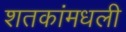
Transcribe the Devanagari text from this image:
शतकांमधली